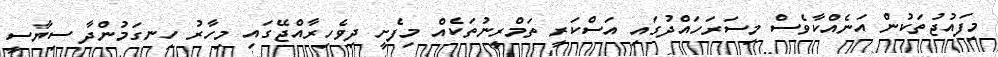
މިފައުޖުތަކުން އަނެއްކާވެސް މިސަރަހައްދުގައި އަސްކަރީ ތަމްރީނުތަކެއް މިފެށީ ދިވެހިރާއްޖޭގައި މިހާރު ހިނގަމުންދާ ސިޔާސީ